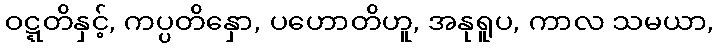
ဝဋ္ဋတိနှင့်, ကပ္ပတိနှော, ပဟောတိဟူ, အနုရူပ, ကာလ သမယာ,